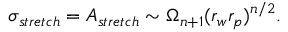
\sigma _ { s t r e t c h } = A _ { s t r e t c h } \sim \Omega _ { n + 1 } ( r _ { w } r _ { p } ) ^ { n / 2 } .